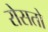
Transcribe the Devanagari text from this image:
रोसतो